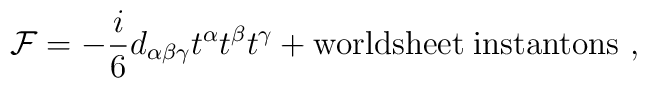
{\cal F} = - \frac{i}{6} d_{\alpha\beta\gamma}t^\alpha t^\beta t^\gamma+ {\rm worldsheet\;  instantons}\ ,